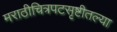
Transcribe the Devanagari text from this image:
मराठीचित्रपटसृष्टीतल्या